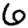
Digit: 6